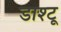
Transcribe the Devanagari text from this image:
डाश्टू